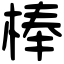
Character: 棒